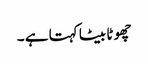
چھو ٹا بیٹا کہتا ہے ۔